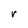
Character: r